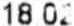
18.02